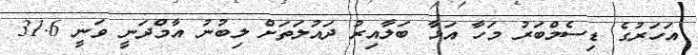
އަހަރުގެ ޑިސެމްބަރު މަހާ އަޅާ ބަލާއިރު ދައުލަތަށް ލިބުނު އާމްދަނީ ވަނީ 31.6